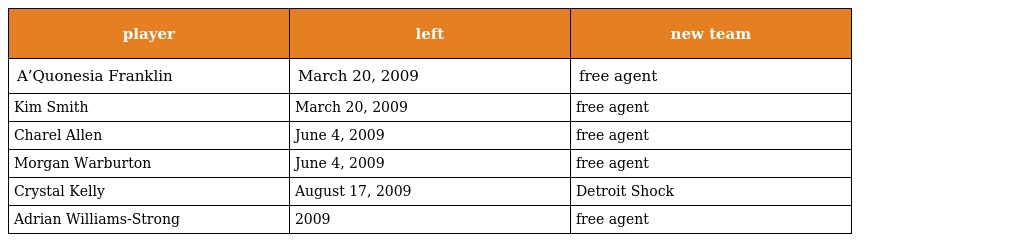
| player | left | new team |
 | --- | --- | --- |
 | A’Quonesia Franklin | March 20, 2009 | free agent |
 | Kim Smith | March 20, 2009 | free agent |
 | Charel Allen | June 4, 2009 | free agent |
 | Morgan Warburton | June 4, 2009 | free agent |
 | Crystal Kelly | August 17, 2009 | Detroit Shock |
 | Adrian Williams-Strong | 2009 | free agent |